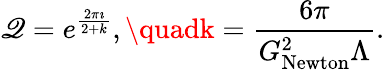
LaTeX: \mathscr{Q}=e^{\frac{{2\pi\imath}}{{2+k}}},\quadk=\frac{{6\pi}}{{G_{\mathrm{{Newton}}}^{2}\Lambda}}.